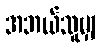
အဘယ်သူမျှ